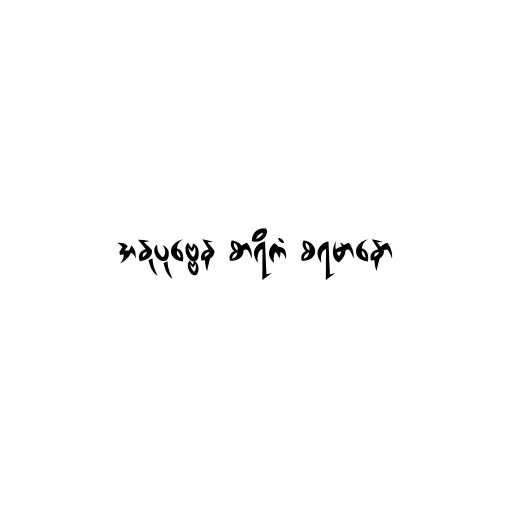
အနုပုဗ္ဗေန စာရိကံ စရမာနော